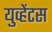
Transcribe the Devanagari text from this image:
युव्हेंटस